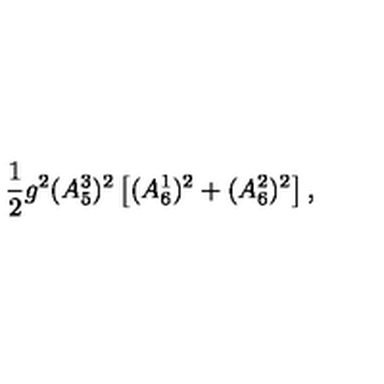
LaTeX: \frac { 1 } { 2 } g ^ { 2 } ( A _ { 5 } ^ { 3 } ) ^ { 2 } \left[ ( A _ { 6 } ^ { 1 } ) ^ { 2 } + ( A _ { 6 } ^ { 2 } ) ^ { 2 } \right] ,